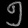
Digit: ၅